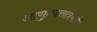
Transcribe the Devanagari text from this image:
आणुनदत्तात्रेयानें